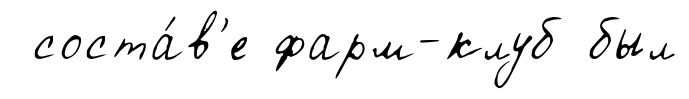
соста́в'е фарм-клуб был